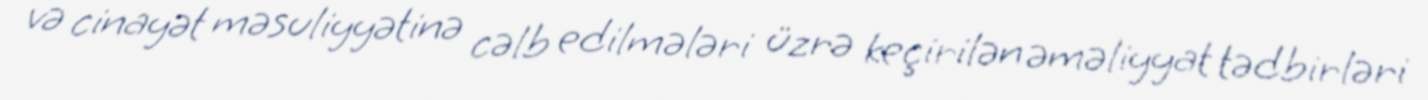
və cinayət məsuliyyətinə cəlb edilmələri üzrə keçirilən əməliyyat tədbirləri